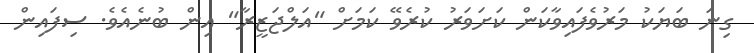
ގިނަ ބަޔަކު މަރުވެފައިވާކަން ކަށަވަރު ކުރެވޭ ކަމަށް "އަލްޖަޒީރާ" އިން ބުނެއެވެ. ސިފައިން